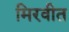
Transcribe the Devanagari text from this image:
मिरवीत